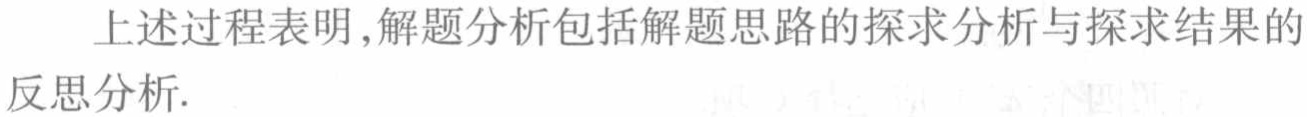
上述过程表明,解题分析包括解题思路的探求分析与探求结果的反思分析.